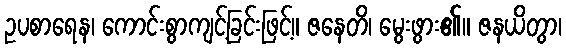
ဥပစာရေန၊ ကောင်းစွာကျင့်ခြင်းဖြင့်။ ဇနေတိ၊ မွေးဖွား၏။ ဇနယိတွာ၊